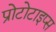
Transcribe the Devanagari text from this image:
प्रोटोटाइप्स